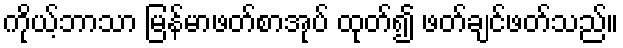
ကိုယ့်ဘာသာ မြန်မာဖတ်စာအုပ် ထုတ်၍ ဖတ်ချင်ဖတ်သည်။